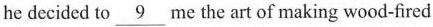
he decided to \underline{9} me the art of making wood-fired